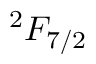
^ 2 F _ { 7 / 2 }